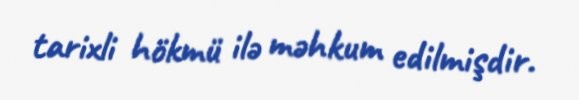
tarixli hökmü ilə məhkum edilmişdir.